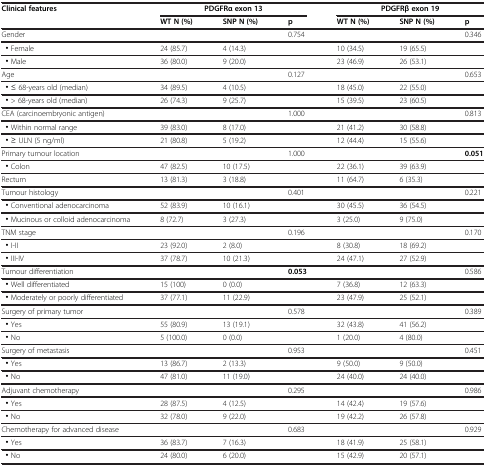
<table><thead><tr><td><b>Clinical features</b></td><td colspan="3"><b>PDGFRα exon 13</b></td><td colspan="3"><b>PDGFRβ exon 19</b></td></tr><tr><td><b> </b></td><td><b>WT N (%)</b></td><td><b>SNP N (%)</b></td><td><b>p</b></td><td><b>WT N (%)</b></td><td><b>SNP N (%)</b></td><td><b>p</b></td></tr></thead><tbody><tr><td>Gender</td><td> </td><td> </td><td>0.754</td><td> </td><td> </td><td>0.346</td></tr><tr><td> · Female</td><td>24 (85.7)</td><td>4 (14.3)</td><td> </td><td>10 (34.5)</td><td>19 (65.5)</td><td> </td></tr><tr><td> · Male</td><td>36 (80.0)</td><td>9 (20.0)</td><td> </td><td>23 (46.9)</td><td>26 (53.1)</td><td> </td></tr><tr><td>Age</td><td> </td><td> </td><td>0.127</td><td> </td><td> </td><td>0.653</td></tr><tr><td> · ≤ 68-years old (median)</td><td>34 (89.5)</td><td>4 (10.5)</td><td> </td><td>18 (45.0)</td><td>22 (55.0)</td><td> </td></tr><tr><td> · &gt; 68-years old (median)</td><td>26 (74.3)</td><td>9 (25.7)</td><td> </td><td>15 (39.5)</td><td>23 (60.5)</td><td> </td></tr><tr><td>CEA (carcinoembryonic antigen)</td><td> </td><td> </td><td>1.000</td><td> </td><td> </td><td>0.813</td></tr><tr><td> · Within normal range</td><td>39 (83.0)</td><td>8 (17.0)</td><td> </td><td>21 (41.2)</td><td>30 (58.8)</td><td> </td></tr><tr><td> · ≥ ULN (5 ng/ml)</td><td>21 (80.8)</td><td>5 (19.2)</td><td> </td><td>12 (44.4)</td><td>15 (55.6)</td><td> </td></tr><tr><td>Primary tumour location</td><td> </td><td> </td><td>1.000</td><td> </td><td> </td><td><b>0.051</b></td></tr><tr><td> · Colon</td><td>47 (82.5)</td><td>10 (17.5)</td><td> </td><td>22 (36.1)</td><td>39 (63.9)</td><td> </td></tr><tr><td>Rectum</td><td>13 (81.3)</td><td>3 (18.8)</td><td> </td><td>11 (64.7)</td><td>6 (35.3)</td><td> </td></tr><tr><td>Tumour histology</td><td> </td><td> </td><td>0.401</td><td> </td><td> </td><td>0.221</td></tr><tr><td> · Conventional adenocarcinoma</td><td>52 (83.9)</td><td>10 (16.1)</td><td> </td><td>30 (45.5)</td><td>36 (54.5)</td><td> </td></tr><tr><td> · Mucinous or colloid adenocarcinoma</td><td>8 (72.7)</td><td>3 (27.3)</td><td> </td><td>3 (25.0)</td><td>9 (75.0)</td><td> </td></tr><tr><td>TNM stage</td><td> </td><td> </td><td>0.196</td><td> </td><td> </td><td>0.170</td></tr><tr><td> · I-II</td><td>23 (92.0)</td><td>2 (8.0)</td><td> </td><td>8 (30.8)</td><td>18 (69.2)</td><td> </td></tr><tr><td> · III-IV</td><td>37 (78.7)</td><td>10 (21.3)</td><td> </td><td>24 (47.1)</td><td>27 (52.9)</td><td> </td></tr><tr><td>Tumour differentiation</td><td> </td><td> </td><td><b>0.053</b></td><td> </td><td> </td><td>0.586</td></tr><tr><td> · Well differentiated</td><td>15 (100)</td><td>0 (0.0)</td><td> </td><td>7 (36.8)</td><td>12 (63.3)</td><td> </td></tr><tr><td> · Moderately or poorly differentiated</td><td>37 (77.1)</td><td>11 (22.9)</td><td> </td><td>23 (47.9)</td><td>25 (52.1)</td><td> </td></tr><tr><td>Surgery of primary tumor</td><td> </td><td> </td><td>0.578</td><td> </td><td> </td><td>0.389</td></tr><tr><td> · Yes</td><td>55 (80.9)</td><td>13 (19.1)</td><td> </td><td>32 (43.8)</td><td>41 (56.2)</td><td> </td></tr><tr><td> · No</td><td>5 (100.0)</td><td>0 (0.0)</td><td> </td><td>1 (20.0)</td><td>4 (80.0)</td><td> </td></tr><tr><td>Surgery of metastasis</td><td> </td><td> </td><td>0.953</td><td> </td><td> </td><td>0.451</td></tr><tr><td> · Yes</td><td>13 (86.7)</td><td>2 (13.3)</td><td> </td><td>9 (50.0)</td><td>9 (50.0)</td><td> </td></tr><tr><td> · No</td><td>47 (81.0)</td><td>11 (19.0)</td><td> </td><td>24 (40.0)</td><td>24 (40.0)</td><td> </td></tr><tr><td>Adjuvant chemotherapy</td><td> </td><td> </td><td>0.295</td><td> </td><td> </td><td>0.986</td></tr><tr><td> · Yes</td><td>28 (87.5)</td><td>4 (12.5)</td><td> </td><td>14 (42.4)</td><td>19 (57.6)</td><td> </td></tr><tr><td> · No</td><td>32 (78.0)</td><td>9 (22.0)</td><td> </td><td>19 (42.2)</td><td>26 (57.8)</td><td> </td></tr><tr><td>Chemotherapy for advanced disease</td><td> </td><td> </td><td>0.683</td><td> </td><td> </td><td>0.929</td></tr><tr><td> · Yes</td><td>36 (83.7)</td><td>7 (16.3)</td><td> </td><td>18 (41.9)</td><td>25 (58.1)</td><td> </td></tr><tr><td> · No</td><td>24 (80.0)</td><td>6 (20.0)</td><td> </td><td>15 (42.9)</td><td>20 (57.1)</td><td> </td></tr></tbody></table>